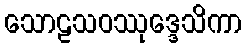
သောဠသဝဿုဒ္ဒေသိကာ